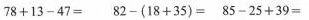
$$7 8 + 1 3 - 4 7 =$$ $$8 2 - ( 1 8 + 3 5 ) =$$ $$8 5 - 2 5 + 3 9 =$$